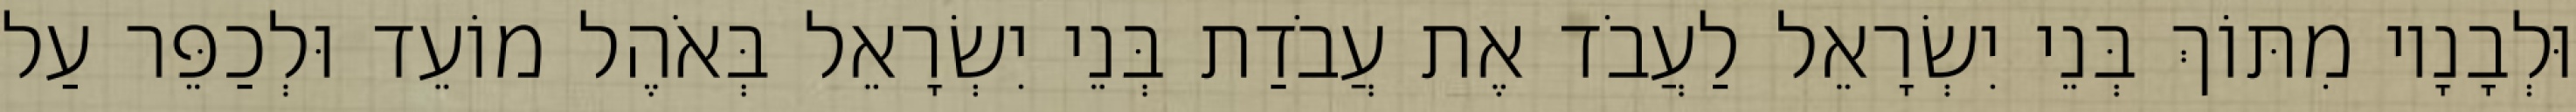
וּלְבָנָיו מִתּוֹךְ בְּנֵי יִשְׂרָאֵל לַעֲבֹד אֶת עֲבֹדַת בְּנֵי יִשְׂרָאֵל בְּאֹהֶל מוֹעֵד וּלְכַפֵּר עַל